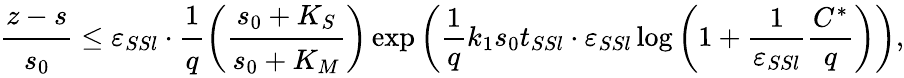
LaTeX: \cfrac{z-s}{s_{0}}\leq\varepsilon_{SSl}\cdot\cfrac{1}{q}\bigg(\cfrac{s_{0}+K_{S}}{s_{0}+K_{M}}\bigg)\exp\left(\frac 1qk_{1}s_{0}t_{SSl}\cdot\varepsilon_{SSl}\log\left(1+\frac{1}{\varepsilon_{SSl}}\frac{C^{*}}{q}\right)\right),